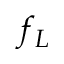
f _ { L }